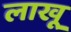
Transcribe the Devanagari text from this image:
लाखू